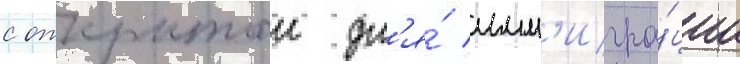
с открытои дл'я́ имм'игра́ции